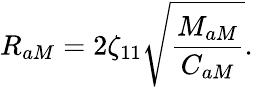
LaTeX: R_{aM}=2\zeta_{11}\sqrt{\frac{M_{aM}}{C_{aM}}}.